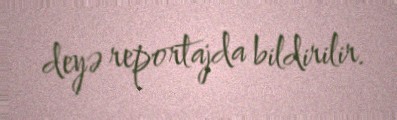
deyə reportajda bildirilir.